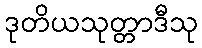
ဒုတိယသုတ္တာဒီသု